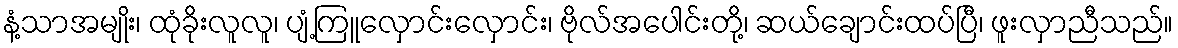
နံ့သာအမျိုး၊ ထုံခိုးလူလူ၊ ပျံ့ကြူလှောင်းလှောင်း၊ ဗိုလ်အပေါင်းတို့၊ ဆယ်ချောင်းထပ်ပြီ၊ ဖူးလှာညီသည်။